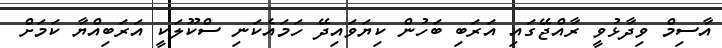
އާސިމް ވިދާޅުވީ ރާއްޖޭގައި އަރަބި ބަހުން ކިޔަވައިދޭ ހަމައެކަނި ސްކޫލަކީ އަރަބިއްޔާ ކަމަށް